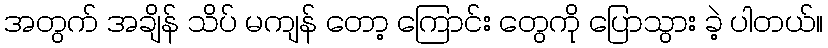
အတွက် အချိန် သိပ် မကျန် တော့ ကြောင်း တွေကို ပြောသွား ခဲ့ ပါတယ်။